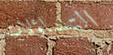
التساؤلات